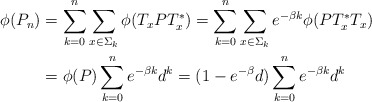
\begin{align*}\phi(P_n)&=\sum_{k=0}^n\sum_{x\in \Sigma_k}\phi(T_xPT_x^*)=\sum_{k=0}^n\sum_{x\in \Sigma_k}e^{-\beta k}\phi(PT_x^*T_x)\\&=\phi(P)\sum_{k=0}^ne^{-\beta k}d^k=(1-e^{-\beta} d)\sum_{k=0}^ne^{-\beta k}d^k\end{align*}